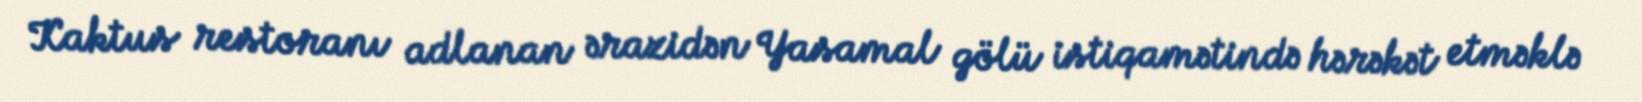
Kaktus restoranı adlanan ərazidən Yasamal gölü istiqamətində hərəkət etməklə